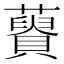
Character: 𧂟